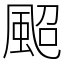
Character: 䫿